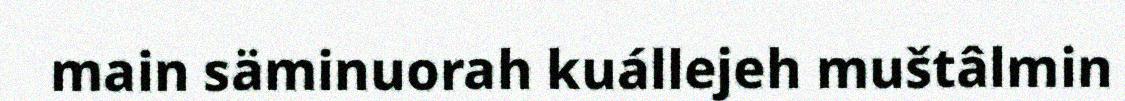
main säminuorah kuállejeh muštâlmin